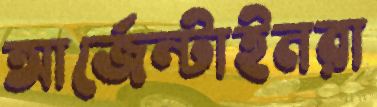
আর্জেন্টাইনরা